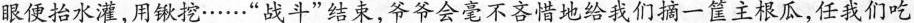
眼便抬水灌，用锹挖……”战斗”结束，爷爷会毫不吝惜地给我们摘一筐主根瓜，任我们吃